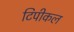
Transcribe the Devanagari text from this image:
टिपीकल